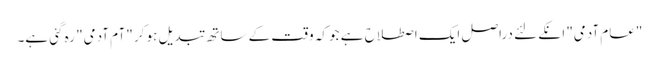
"عام آدمی" انکے لئے دراصل ایک اصطلاح ہے جو کہ وقت کے ساتھ تبدیل ہو کر "آم آدمی" رہ گئی ہے۔